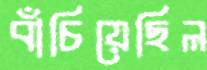
বাঁচিয়েছিল